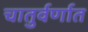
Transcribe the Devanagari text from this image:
चातुर्वर्णात